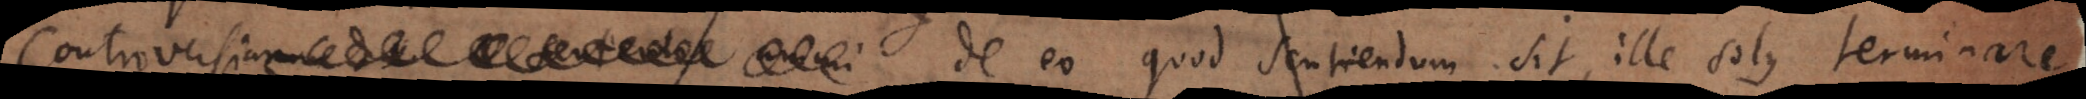
Controversias de eo quod sentiendum sit, ille solus terminare